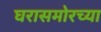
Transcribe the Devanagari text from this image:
घरासमोरच्या